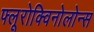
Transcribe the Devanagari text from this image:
फ्लूरोक्विनोलोन्स